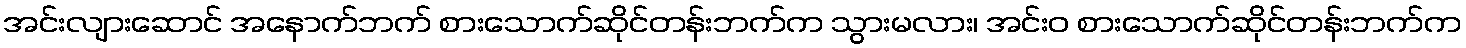
အင်းလျားဆောင် အနောက်ဘက် စားသောက်ဆိုင်တန်းဘက်က သွားမလား၊ အင်းဝ စားသောက်ဆိုင်တန်းဘက်က